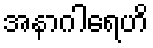
အနာဂါရေဟိ